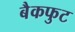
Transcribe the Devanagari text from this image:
बैकफुट